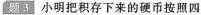
题3 小明把积存下来的硬币按照四